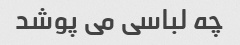
چه لباسی می پوشد